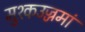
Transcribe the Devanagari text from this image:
मुश्कउज्जमां